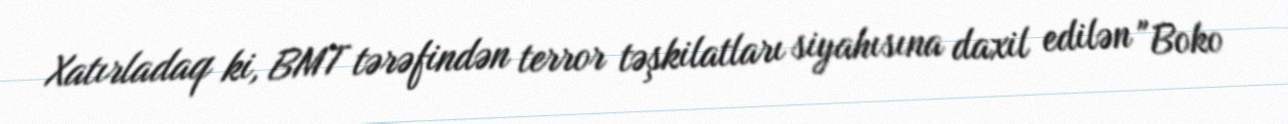
Xatırladaq ki, BMT tərəfindən terror təşkilatları siyahısına daxil edilən "Boko